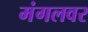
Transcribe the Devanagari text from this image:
मंगलवर